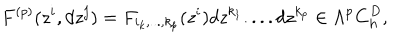
LaTeX: F ^ { ( p ) } ( z ^ { i } , d z ^ { j } ) = F _ { i _ { k } , . . . , k _ { p } } ( z ^ { i } ) d z ^ { k _ { 1 } } . . . . d z ^ { k _ { p } } \in \Lambda ^ { p } { \bf C } _ { \mathrm { h } } ^ { D } ,